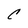
Character: C